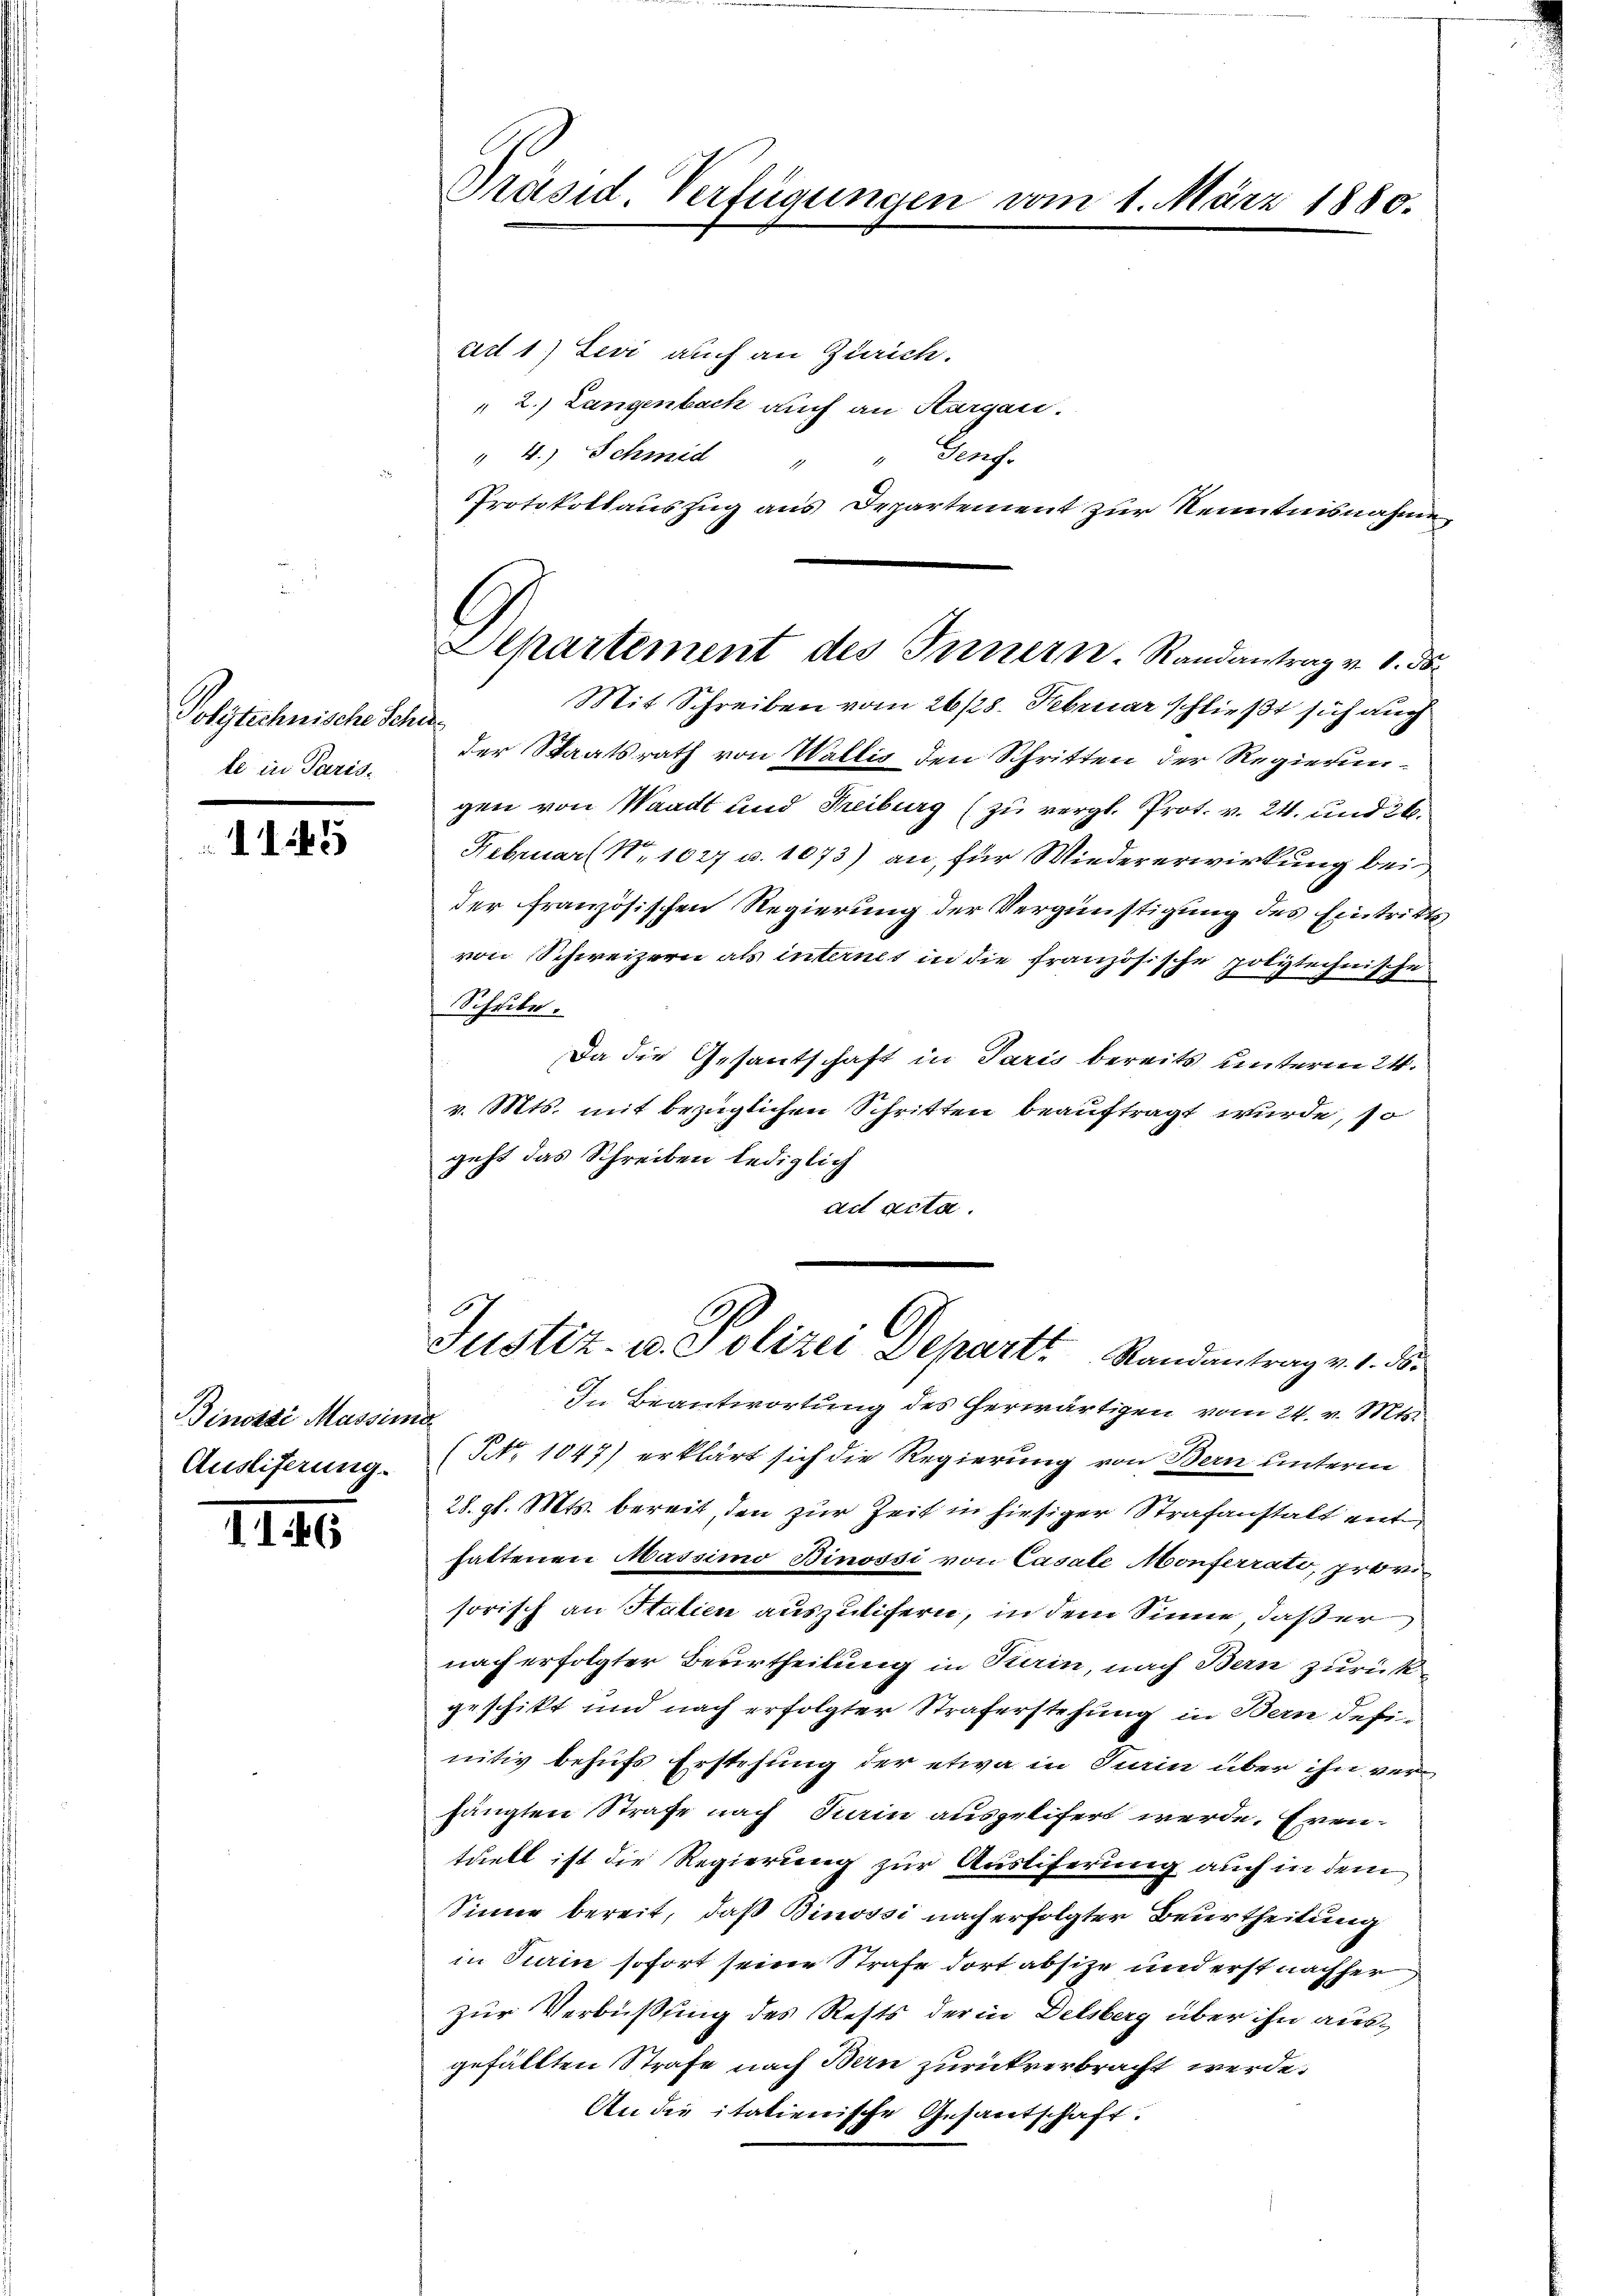
Polytechnische Schn
te in Paris

1145

Binosse Massimo
Ausliferung.

III

Präsid. Verfügungen vom 1. März 1880.

Departement des Innern. Randantrag v. 1. da

ad 1) Levi auch an Zürich.
" 2.) Langenbach auch an Aargau.
" 4.) Schmid
" Genf.
E
Protokollanszug aus Departement zur Kenntnisnahme
Mit Schreiben vom 26/28. Februar schließt sich auch
d
der Staatsrath von Wallis den Schritten der Regierungen von Waadt und Treiburg (zu vergl. Prot. v. 24. und 26.
Februar Nr. 1027 u. 1073) an, für Wiedererwirkung bei
der französischen Regierung der Vergünstigung des Eintritts
von Schweizern als internes in die französische polytechnische
Schule.
Da die Gesantschaft in Paris bereits unterm 21.
v. Mts. mit bezüglichen Schritten beauftragt wurde, so
geht das Schreiben lediglich
ad acta.

In Beantwortung des herwärtigen vom 24. v. Mts.
(NNo 1047) erklärt sich die Regierung von Bern unterm
28. gl. Mts. bereit, den zur Zeit in hiesiger Strafanstalt enthattenen Massimo Binossi von Casale Monferrato, provisorisch an Statien auszulifern, in dem Sinne, daß er
nach erfolgter Beurtheilung in Turin, nach Bern zurückgeschikt und nach erfolgter Straferstehung in Bern definitiv behufs Erstehung der etwa in Turin über ihn verhängten Strafe nach Sain ausgelifert werde. Eventuell ist die Regierung zur Austiferung auch in dem
Sinne bereit, daß Binossi nach erfolgter Beurtheilung
in Pierin sofort seine Strafe dort absize und erst nachher
zur Verbüßung des Rests der in Delsberg über ihn ausgefällten Strafe nach Bern zurückverbracht werde.
An die italienische Gesantschaft.

G
Justiz- u. Polizei Depart Randantrag v. 1. d.